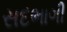
સદભાગી